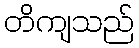
တိကျသည်